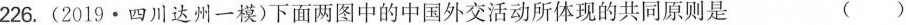
226.(2019·四川达州一模)下面两图中的中国外交活动所体现的共同原则是 ()